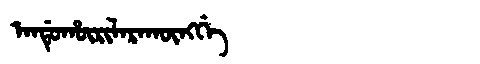
Manchu: ᠠᠨᡩᡠᡥᡡᡵᡳᠯᠠᡵᠠᡴᡡᠩᡤᡝ
Romanization: ANDUHŪRILARAKŪNGGE